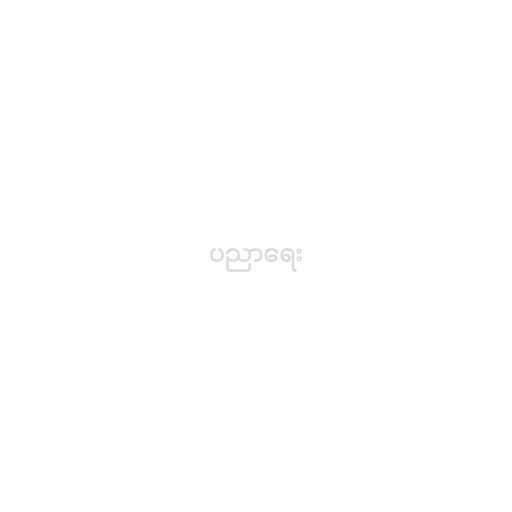
ပညာရေး